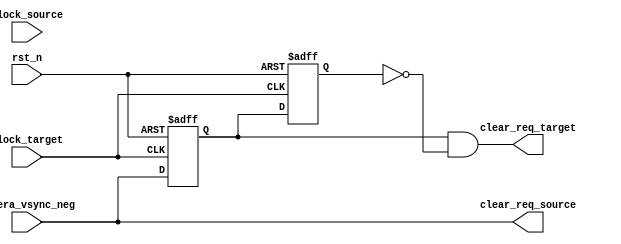
module clear_function_asy 
(
input  wire  clock_source  ,
input  wire  clock_target  ,
input  wire  rst_n     ,
input  wire  camera_vsync_neg,
output wire  clear_req_source,
output wire  clear_req_target
);
//(camera_href==1'b1) & (camera_vsync==1'b0)

reg  clear_d0,clear_d1;

always@(posedge clock_target or negedge rst_n)begin
    if(!rst_n) begin 
        clear_d0 <= 1'b0;
        clear_d1 <= 1'b0;
    end 
    else begin 
        clear_d0 <= camera_vsync_neg;
        clear_d1 <= clear_d0;
    end 
end 

assign clear_req_source = camera_vsync_neg;
assign clear_req_target = clear_d0 & !clear_d1;




endmodule